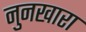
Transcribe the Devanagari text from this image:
नुनखारा